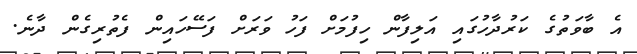
އެ ބާވަތުގެ ކަރުދާހުގައި އަލިފާން ހިފުމަށް ފަހު ވަރަށް ފަސޭހައިން ފެތުރިގެން ދާނެ.